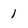
Character: 1